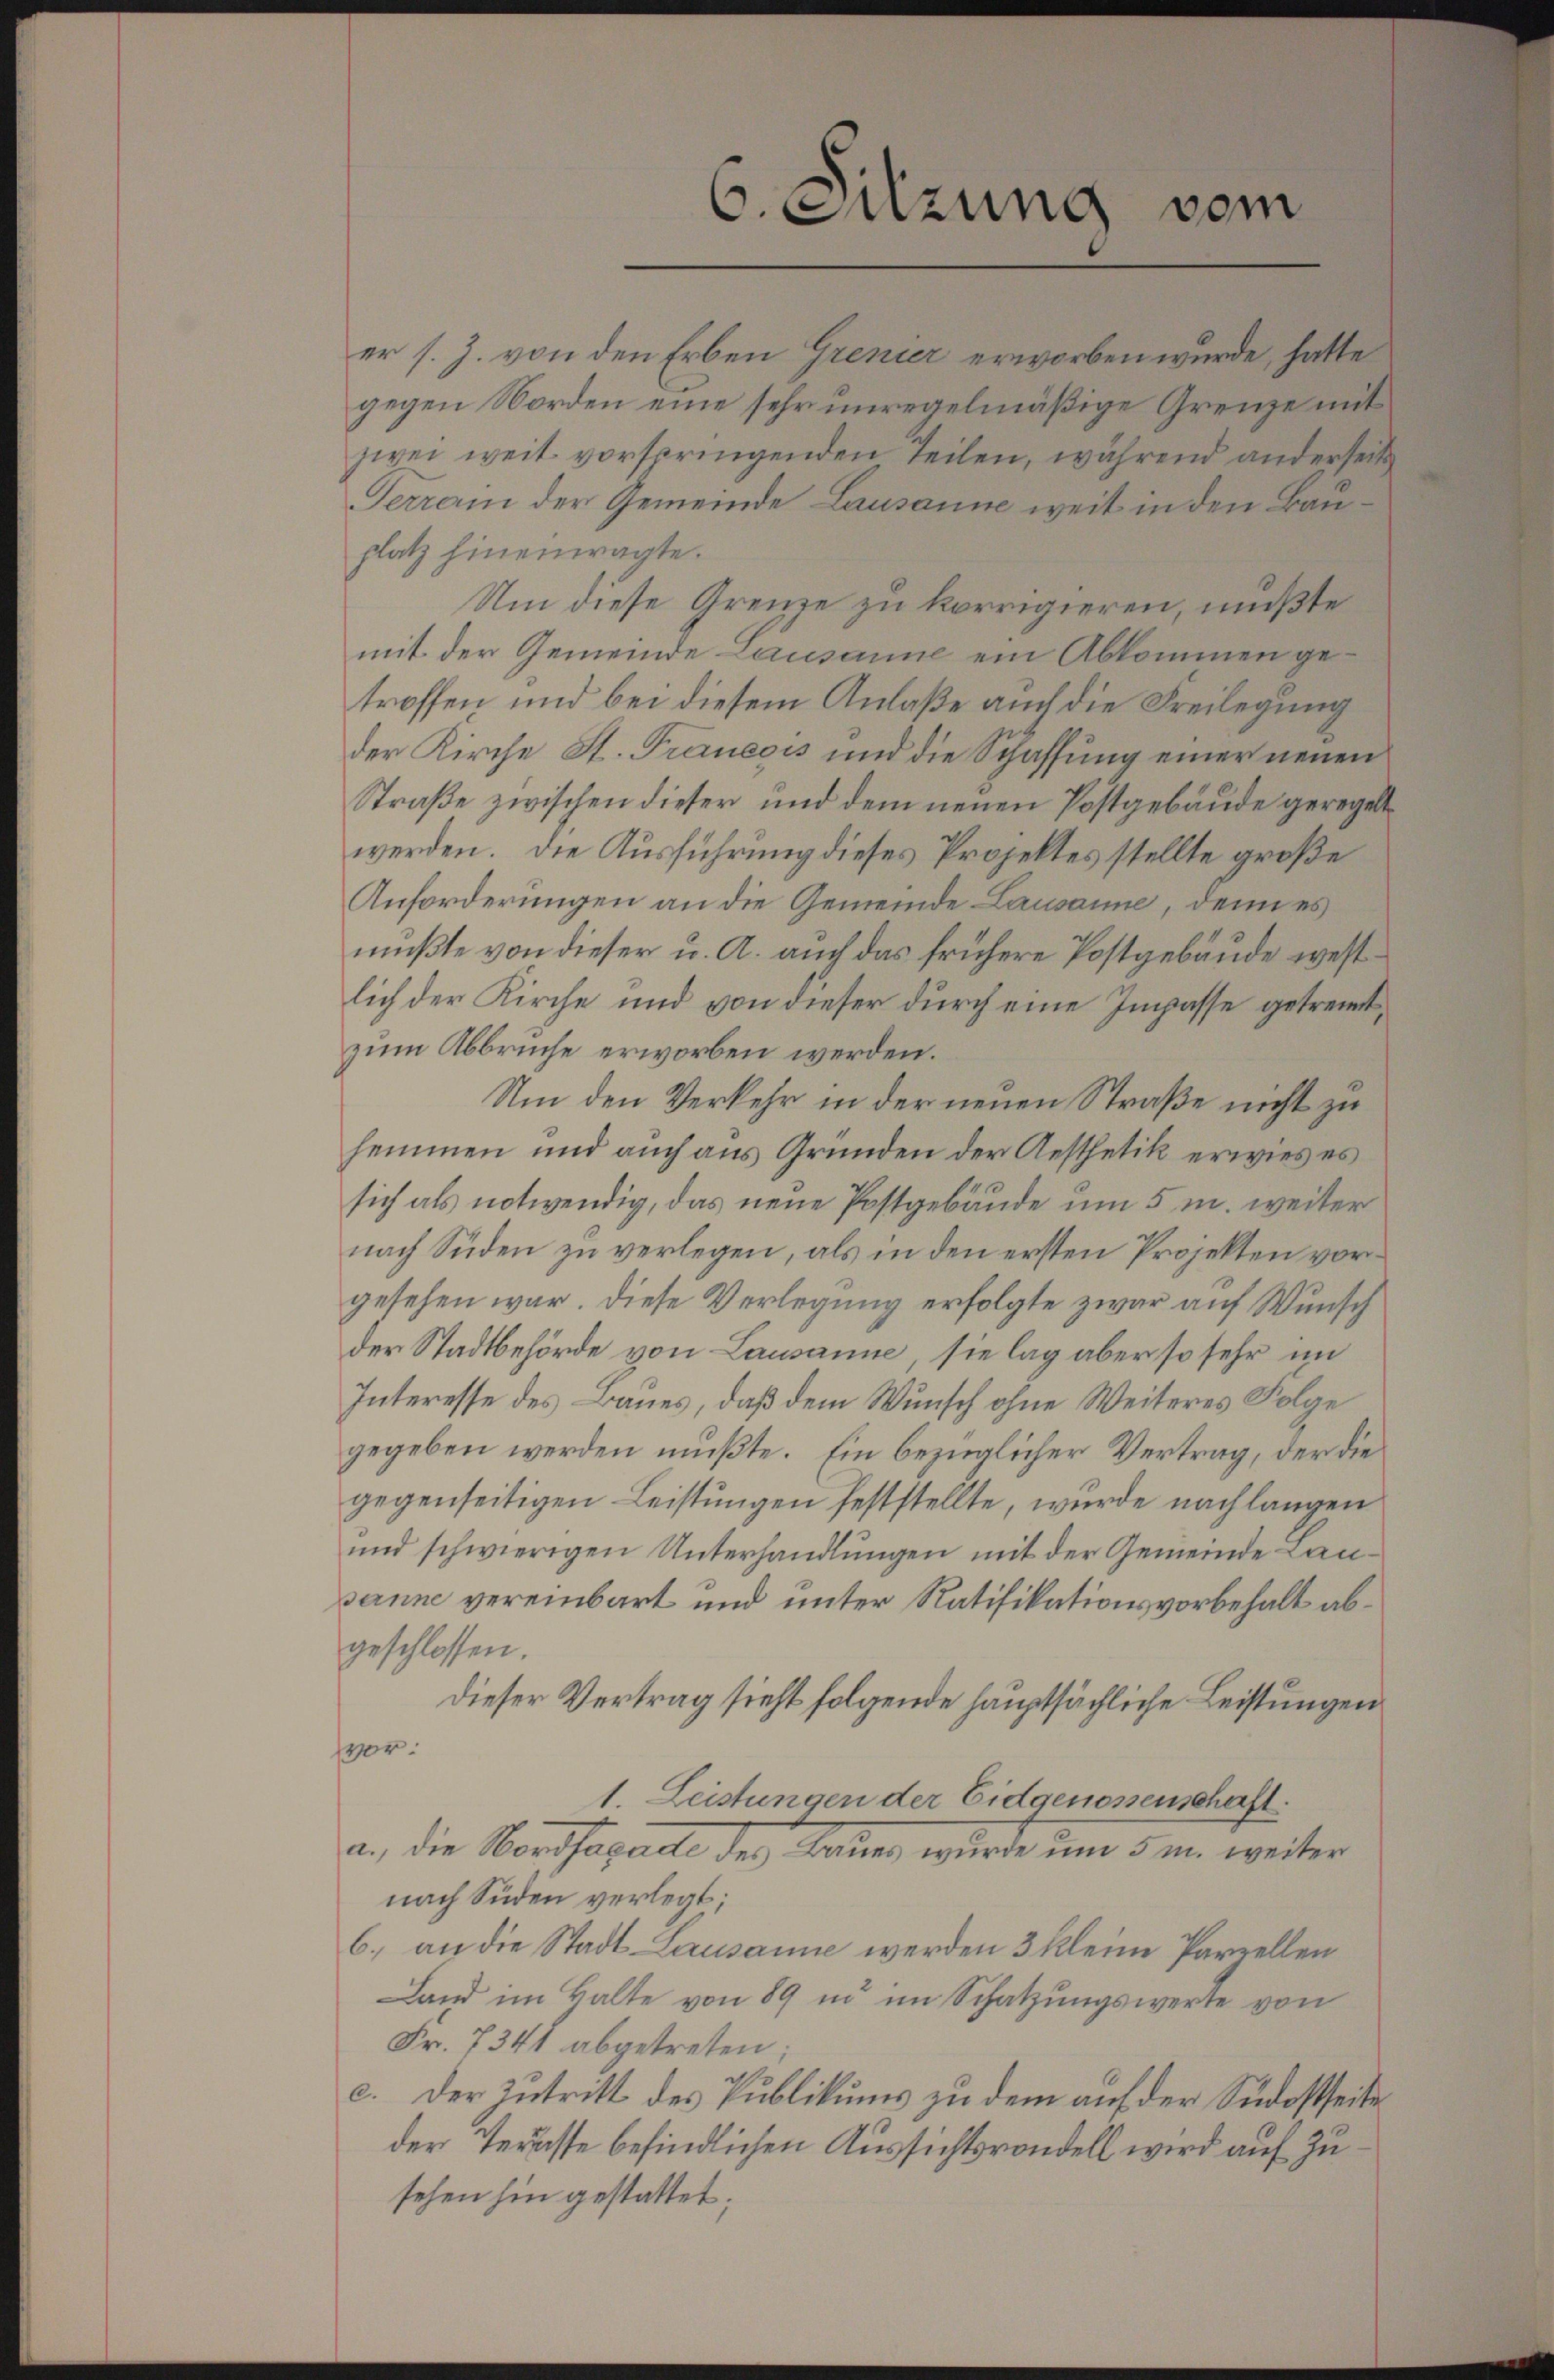
er s. Z. von den Erben Grenzer erworben wurde, hatte
gegen Norden eine sehr unregelmäßige Grenze mit
zwei weit vorspringenden Teilen, während anderseits
Terrain der Gemeinde Lausanne weit in den Bauplatz hineinragte.
Um diese Grenze zu korrigieren, müßte
mit der Gemeinde Lausanne ein Abkommen getroffen und bei diesem Anlaße auch die Freilegung
der Kirche St. Traneois und die Schaffung einer neuen
Straße zwischen dieser und dem neuen Postgebäude geregelt
werden. Die Ausführung dieses Projektes stellte große
Anforderungen an die Gemeinde Lausanne, denn es
mußte von dieser u. A. auch das frühere Postgebäude westlich der Kirche und von dieser durch eine Impasse getrennt,
zum Abbruche erworben werden.
Um den Verkehr in der neuen Straße nicht zu
hemmen und auch aus Gründen der Aesthetik erwies es
sich als notwendig, das neue Postgebäude um 5 m. weiter
nach Süden zu verlegen, als in den ersten Projekten vorgesehen war. Diese Verlegung erfolgte zwar auf Wunsch
der Stadtbehörde von Lausanne, sie lag aber so sehr im
Interesse des Baues, daß dem Wunsch ohne Weiteres Folge
gegeben werden mußte. Ein bezüglicher Vertrag, der die
gegenseitigen Leistungen feststellte, wurde nach langen
und schwierigen Unterhandlungen mit der Gemeinde Lausanne vereinbart und unter Ratifikationsvorbehalt abgeschlossen.
dieser Vertrag sieht folgende hauptsächliche Leistungen
vor.
1. Leistungen der Eidgenossenschaft.
a., die Nordfaçade des Baues wurde um 5 m. weiter
nach Süden verlegt;
6) an die Stadt Lausanne werden 3 kleine Parzellen
Land im Balte von 89 in im Schatzungswerte von
Fr. 7341 abgetreten;
c. Der Zutritt des Publikums zu dem auf der Südostseite
der Terasse befindlichen Aussichtsrandell wird auf Zusehen hin gestattet;

6. Sitzung vom